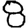
Digit: 8